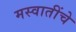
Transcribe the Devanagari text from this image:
मस्वातींचे